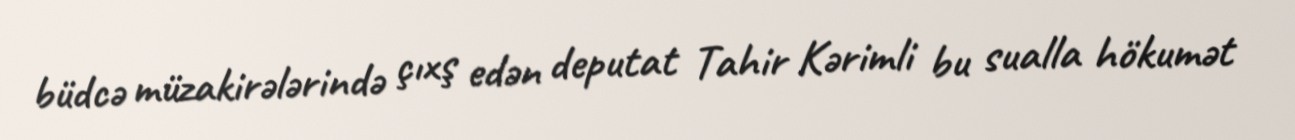
büdcə müzakirələrində çıxş edən deputat Tahir Kərimli bu sualla hökumət